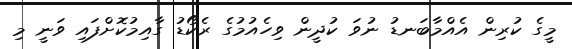
މީގެ ކުރިން އެއްމާބަނޑު ނުވަ ކުދީން ވިހެއުމުގެ ރެކޯޑު ގާއިމުކޮށްފައި ވަނީ މި